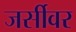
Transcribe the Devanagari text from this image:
जर्सीवर